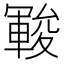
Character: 𲄺